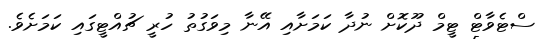
ސްޓެވާޓް ޓީމް ދޫކޮށް ނުދާ ކަމަށާއި އޭނާ މިވަގުތު ހުރީ ޗުއްޓީގައި ކަމަށެވެ.